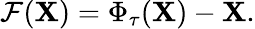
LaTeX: \mathcal{F}(\mathbf{X})=\Phi_{\tau}(\mathbf{X})-\mathbf{X}.